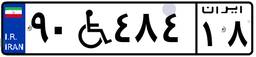
۹۰W۴۸۴۱۸